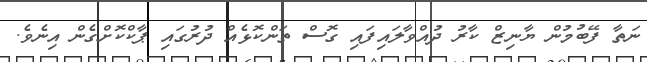
ނަތާ ފޭބުމުން ޔާނިޒް ކާރު ދުއްވާލައިފައި ގޮސް ތަންކޮޅެއް ދުރުގައި ޕާކްކޮށްގެން އިނެވެ.